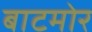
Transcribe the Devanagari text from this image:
बाटमोर